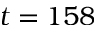
t = 1 5 8